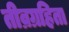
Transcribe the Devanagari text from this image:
तीव्रग्रहिता